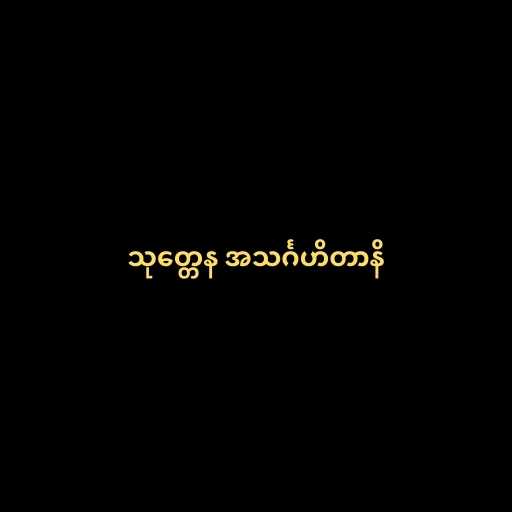
သုတ္တေန အသင်္ဂဟိတာနိ